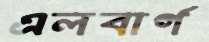
এলবার্গ